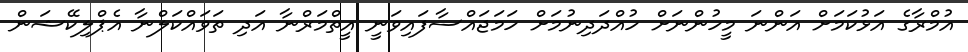
އުމްރާގެ އަޅުކަމަށް އަންނަ މީހުންނަށް ހުއްދަދިނުމަށް ހަމަޖައްސާފައިވަނީ އީތްމަރްނާ އަދި ތަވައްކަލްނާ އެޕްލިކޭޝަން